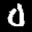
Label: 0